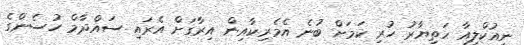
ނިއުކްލިއާ ހަތިޔާރު ހުރި ކަމަށް ބުނެ އެމެރިކާއިން އިރާގަށް އެރައި ސައްދާމް ހުސެންގެ